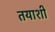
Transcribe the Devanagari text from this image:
तयाशीं